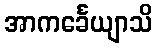
အာကင်္ခေယျာသိ